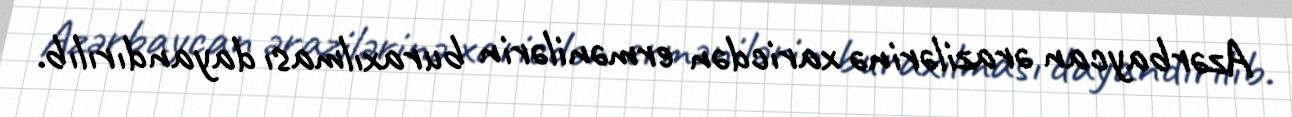
Azərbaycan ərazilərinə xaricdən ermənilərin buraxılması dayandırılıb.